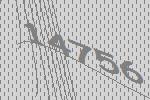
14756